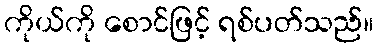
ကိုယ်ကို စောင်ဖြင့် ရစ်ပတ်သည်။